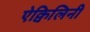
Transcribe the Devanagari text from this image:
ऐक्विलिनी